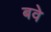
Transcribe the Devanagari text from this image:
बवे